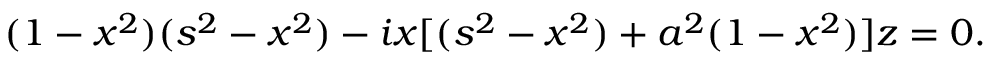
( 1 - x ^ { 2 } ) ( s ^ { 2 } - x ^ { 2 } ) - i x [ ( s ^ { 2 } - x ^ { 2 } ) + a ^ { 2 } ( 1 - x ^ { 2 } ) ] z = 0 .